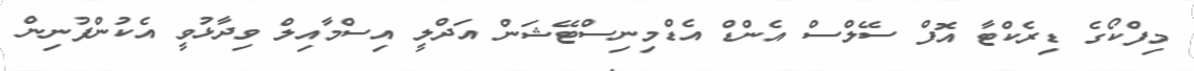
މިފްކޯގެ ޑިރެކްޓާ އޮފް ސޭލްސް އެންޑް އެޑްމިނިސްޓޭޝަން އަދްލީ އިސްމާއިލް ވިދާޅުވީ އެކުންފުނިން